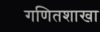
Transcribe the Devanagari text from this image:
गणितशाखा